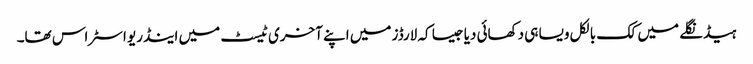
ہیڈنگلے میں کک بالکل ویسا ہی دکھائی دیا جیسا کہ لارڈز میں اپنے آخری ٹیسٹ میں اینڈریو اسٹراس تھا۔